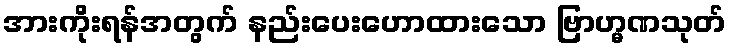
အားကိုးရန်အတွက် နည်းပေးဟောထားသော ဗြာဟ္မဏသုတ်